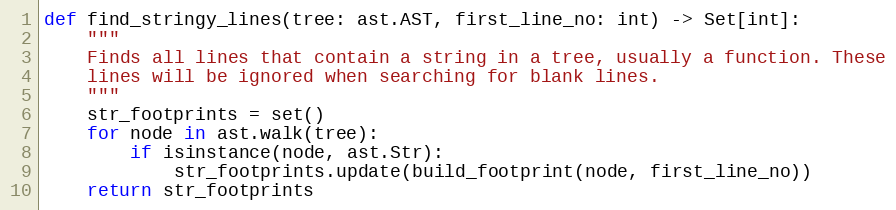
Language: Python
def find_stringy_lines(tree: ast.AST, first_line_no: int) -> Set[int]:
    """
    Finds all lines that contain a string in a tree, usually a function. These
    lines will be ignored when searching for blank lines.
    """
    str_footprints = set()
    for node in ast.walk(tree):
        if isinstance(node, ast.Str):
            str_footprints.update(build_footprint(node, first_line_no))
    return str_footprints